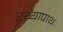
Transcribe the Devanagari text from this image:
रथ्यापाथः